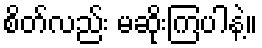
စိတ်လည်း မဆိုးကြပါနဲ့။